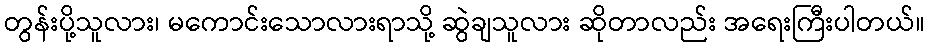
တွန်းပို့သူလား၊ မကောင်းသောလားရာသို့ ဆွဲချသူလား ဆိုတာလည်း အရေးကြီးပါတယ်။